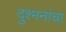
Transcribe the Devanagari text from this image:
दुश्मनांचा